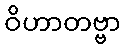
ဝိဟာတဗ္ဗာ